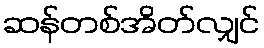
ဆန်တစ်အိတ်လျှင်